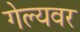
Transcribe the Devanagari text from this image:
गेल्यवर